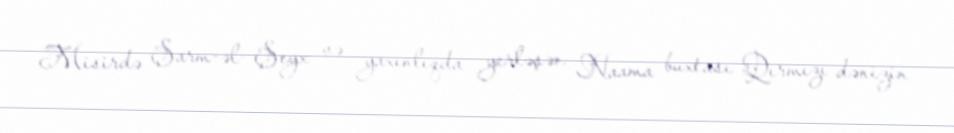
Misirdə Şarm-əl- Şeyx və yaxınlıqda yerləşən Naama buxtası Qırmızı dənizin